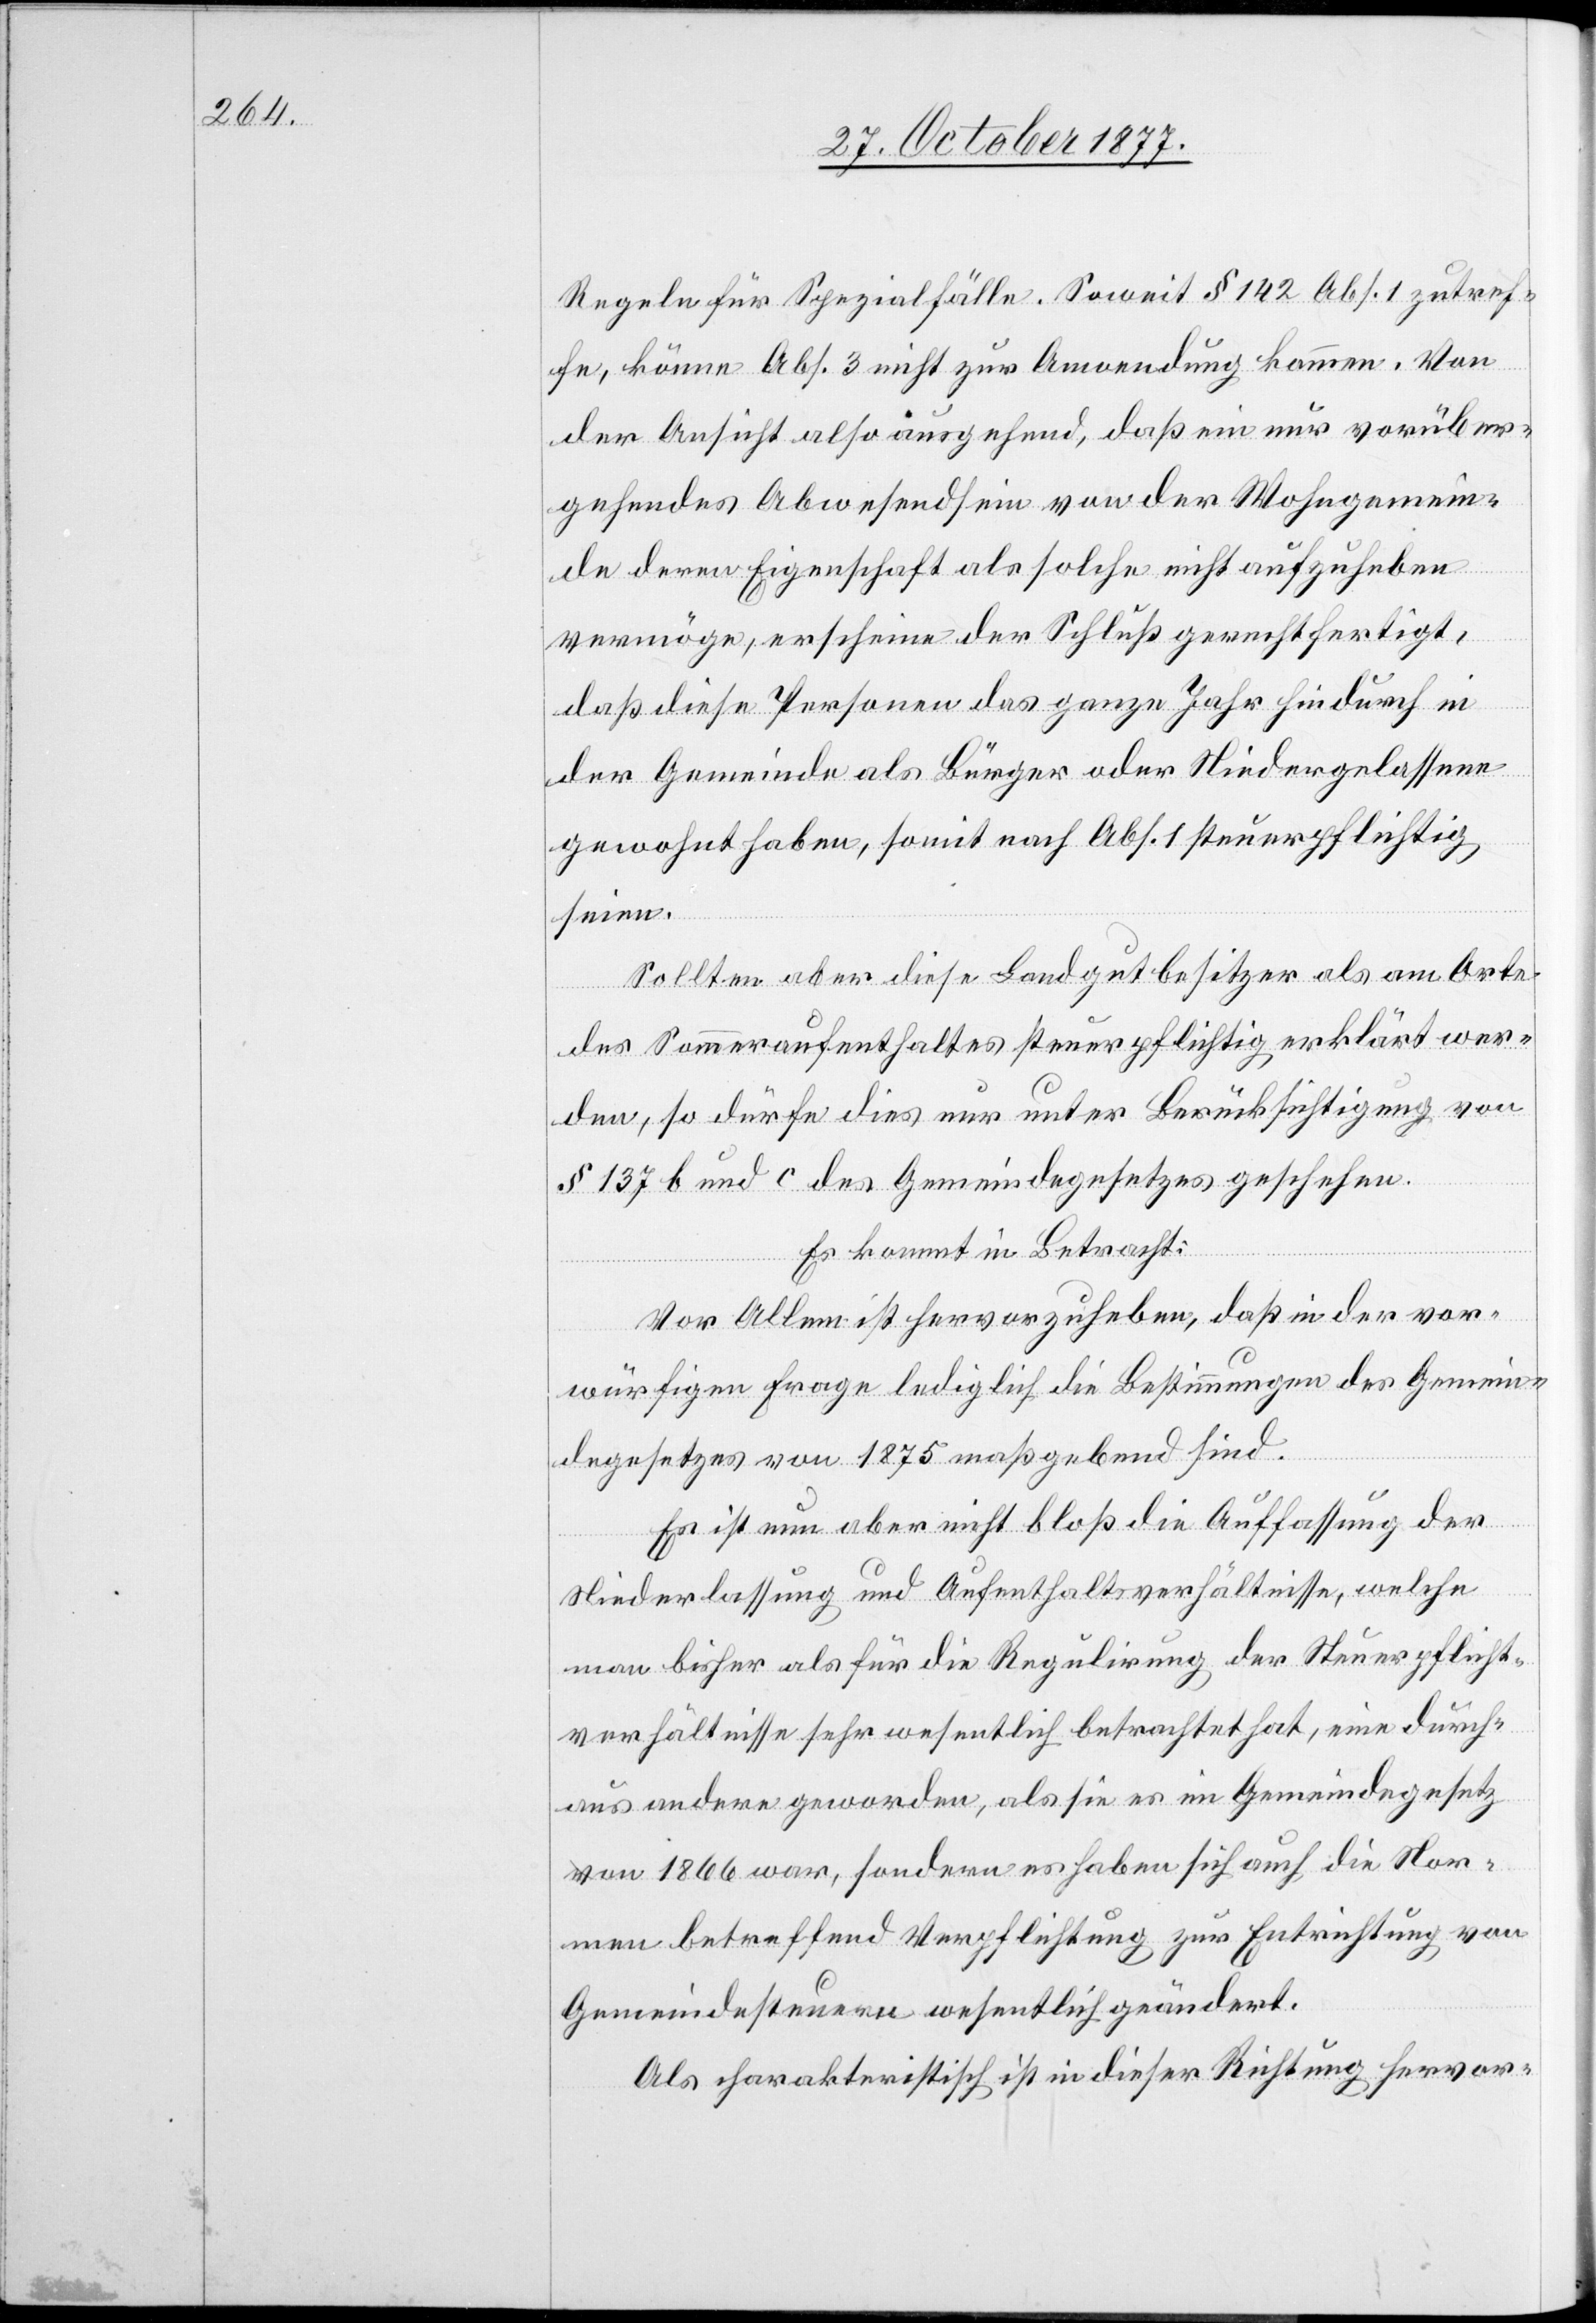
Regeln für Spezialfälle. Soweit § 142 Abs. 1 zutref¬
fe, könne Abs. 3 nicht zur Anwendung kommen. Von
der Ansicht also ausgehend, daß ein nur vorüber¬
gehendes Abwesendsein von der Wohngemein¬
de deren Eigenschaft als solche nicht aufzuheben
vermöge, erscheine der Schluß gerechtfertigt,
daß diese Personen das ganze Jahr hindurch in
der Gemeinde als Bürger oder Niedergelassene
gewohnt haben, somit nach Abs. 1 steuerpflichtig
seien.
Sollten aber diese Landgutbesitzer als am Orte
des Sommeraufenthaltes steuerpflichtig erklärt wer¬
den, so dürfe dies nur unter Berücksichtigung von
§ 137 b und c des Gemeindegesetzes geschehen.
Es kommt in Betracht:
Vor Allem ist hervorzuheben, daß in der vor¬
würfigen Frage lediglich die Bestimmungen des Gemein¬
degesetzes von 1875 maßgebend sind.
Es ist nun aber nicht bloß die Auffassung der
Niederlassung und Aufenthaltsverhältnisse, welche
man bisher als für die Regulirung der Steuerpflicht¬
verhältnisse sehr wesentlich betrachtet hat, eine durch¬
aus andere geworden, als sie es im Gemeindegesetz
von 1866 war, sondern es haben sich auch die Nor¬
men betreffend Verpflichtung zur Entrichtung von
Gemeindesteuern wesentlich geändert.
Als charakteristisch ist in dieser Richtung hervor-